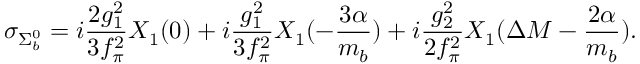
\sigma _ { \Sigma _ { b } ^ { 0 } } = i \frac { 2 g _ { 1 } ^ { 2 } } { 3 f _ { \pi } ^ { 2 } } X _ { 1 } ( 0 ) + i \frac { g _ { 1 } ^ { 2 } } { 3 f _ { \pi } ^ { 2 } } X _ { 1 } ( - \frac { 3 \alpha } { m _ { b } } ) + i \frac { g _ { 2 } ^ { 2 } } { 2 f _ { \pi } ^ { 2 } } X _ { 1 } ( \Delta M - \frac { 2 \alpha } { m _ { b } } ) .